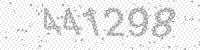
Solution: 441298